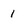
Character: 1